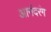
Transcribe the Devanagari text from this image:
आनंदरंग